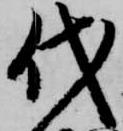
代